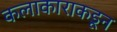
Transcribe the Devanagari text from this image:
कलाकाराकडून